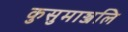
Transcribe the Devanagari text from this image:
कुसुमाञ्जलि